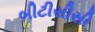
બીટીસીસી